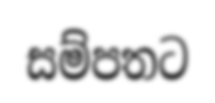
සම්පතට